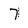
Character: 7